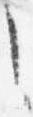
之